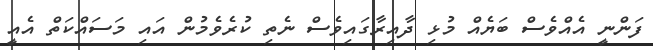
ފަންނީ އެއްވެސް ބަޔެއް މުޅި ދާއިރާގައިވެސް ނެތި ކުރެވެމުން އައި މަސައްކަތް އެއީ